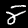
Digit: 8